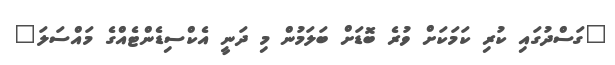
"ގަސްދުގައި ކުރި ކަމަކަށް ވުރެ ބޮޑަށް ބަލަމުން މި ދަނީ އެކްސިޑެންޓެއްގެ މައްސަލަ"